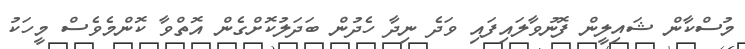
މުސްކާން ޝައިލީން ފޮނުވާލައިފައި ވަދެ ނިދާ ހެދުން ބަދަލުކޮށްގެން އޮތްވާ ކޮންމެވެސް މީހަކު